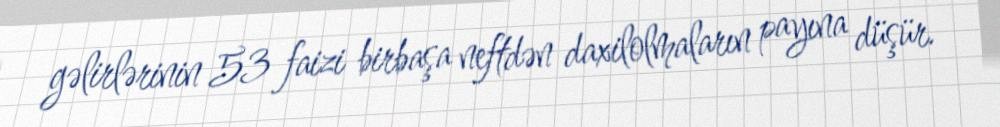
gəlirlərinin 53 faizi birbaşa neftdən daxilolmaların payına düşür.